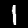
Label: 1